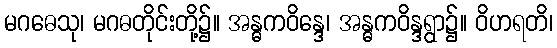
မဂဓေသု၊ မဂဓတိုင်းတို့၌။ အန္ဓကဝိန္ဒေ၊ အန္ဓကဝိန္ဒရွာ၌။ ဝိဟရတိ၊